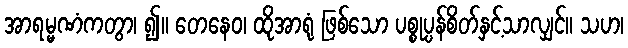
အာရမ္မဏံကတွာ၊ ၍။ တေနေဝ၊ ထိုအာရုံ ဖြစ်သော ပစ္စုပ္ပန်စိတ်နှင့်သာလျှင်။ သဟ၊